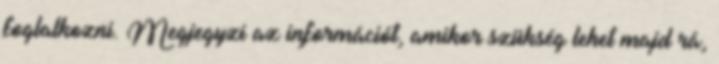
foglalkozni. Megjegyzi az információt, amikor szükség lehet majd rá,